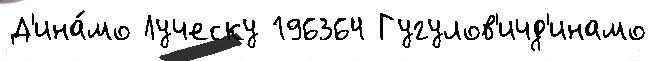
Д'ина́мо Луческу 196364 Гугулов'ичд'инамо